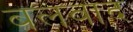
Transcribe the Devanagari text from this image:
बलवाद